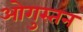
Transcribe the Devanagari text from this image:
ओगुस्तन